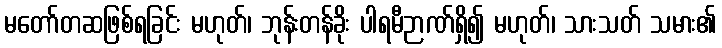
မတော်တဆဖြစ်ရခြင်း မဟုတ်၊ ဘုန်းတန်ခိုး ပါရမီဉာဏ်ရှိ၍ မဟုတ်၊ သားသတ် သမား၏